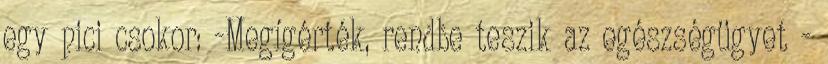
egy pici csokor: -Megígérték, rendbe teszik az egészségügyet -